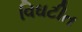
વિઘટીત